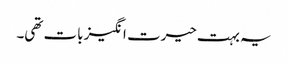
یہ بہت حیرت انگیز بات تھی۔